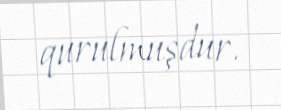
qurulmuşdur.